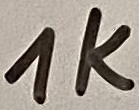
Text: 1K